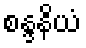
စန္ဒနိယံ